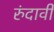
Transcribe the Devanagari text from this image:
रुंदावी